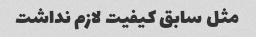
مثل سابق کیفیت لازم نداشت